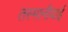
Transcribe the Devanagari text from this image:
तस्मानीयाई